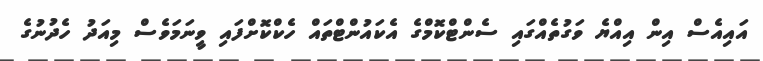
އައިއެސް އިން އިއްޔެ ވަގުތެއްގައި ސެންޓްކޮމްގެ އެކައުންޓްތައް ހެކްކޮށްފައި ވީނަމަވެސް މިއަދު ހެދުނުގެ